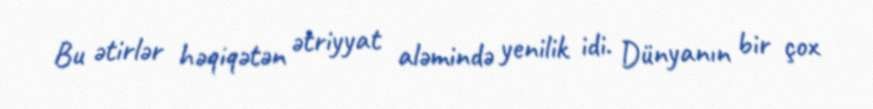
Bu ətirlər həqiqətən ətriyyat aləmində yenilik idi. Dünyanın bir çox